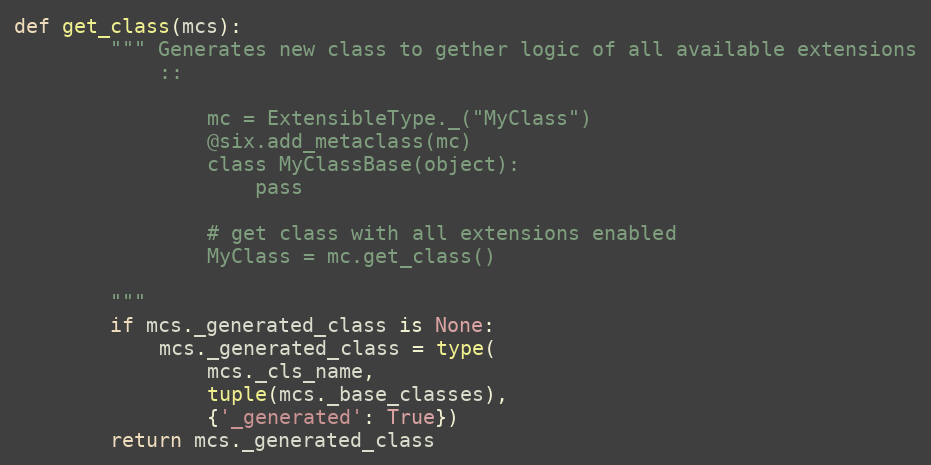
Language: Python
def get_class(mcs):
        """ Generates new class to gether logic of all available extensions
            ::

                mc = ExtensibleType._("MyClass")
                @six.add_metaclass(mc)
                class MyClassBase(object):
                    pass

                # get class with all extensions enabled
                MyClass = mc.get_class()

        """
        if mcs._generated_class is None:
            mcs._generated_class = type(
                mcs._cls_name,
                tuple(mcs._base_classes),
                {'_generated': True})
        return mcs._generated_class